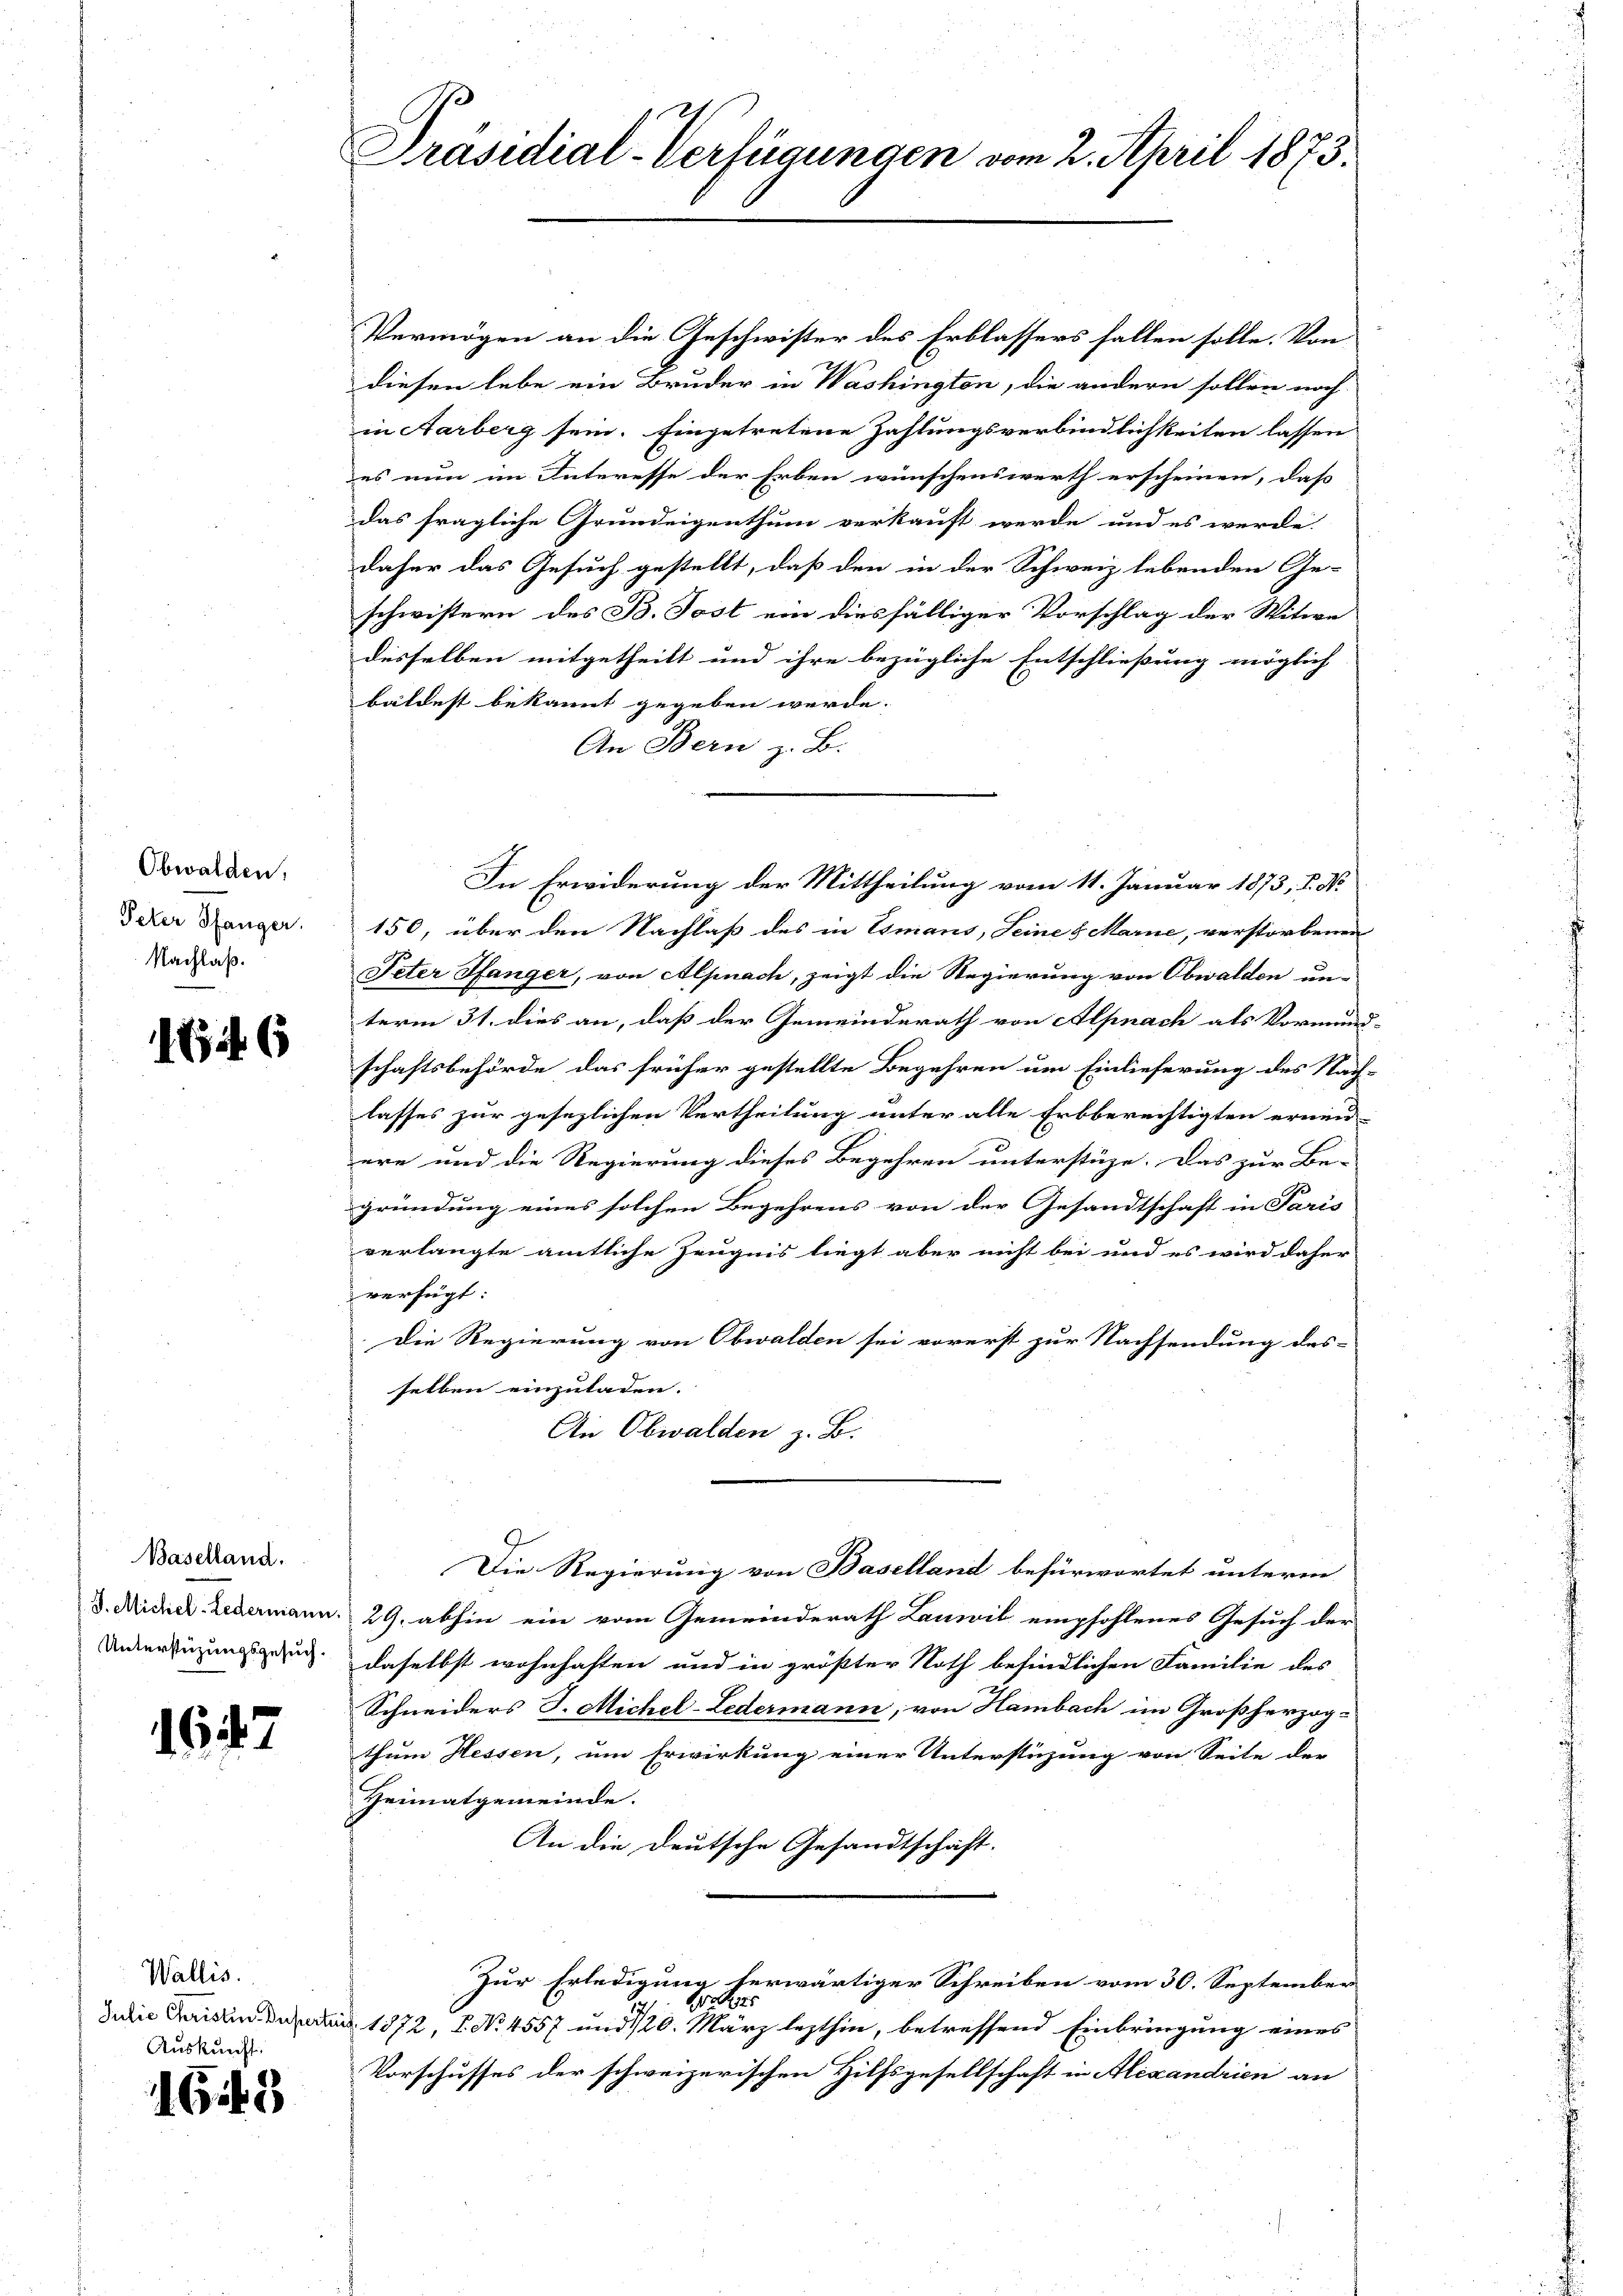
Obwalden:
Peter Pfanger.
Nachlaß.

146

Baselland.
S. Michel-Ledermann
Unterstüzungsgesuch.

1647

Wallis.
Auskunft.

1645

Präsidial-Verfügungen vom 2. April 1873.

Vermögen an die Geschwister des Erblassers fallen solle. Von
diesen lebe ein Bruder in Washington, die andern sollen noch
in Aarberg sein. Eingetretene Zahlungsverbindlichkeiten lassen
es nun im Interesse der Erben wünschenswerth erscheinen, daß
das fragliche Grundeigenthum verkauft werde und es werde.
daher das Gesuch gestellt, daß den in der Schweiz lebenden Ge-
schwistern des B. Post ein diesfälliger Vorschlag der Witwe
desselben mitgetheilt und ihre bezügliche Entschließung möglich |
bäldest bekannt gegeben werde.
An Bern z. B.
150, über den Nachlaß des in Esmans, Seine 8 Marie, verstorbenen
Peter Pfanger, von Alpnach, zeigt die Regierung von Obwalden un-
term 31. dies an, daß der Gemeinderath von Alpnach als Vormund
schaftsbehörde das früher gestellte Begehren um Einlieferung des Nach-
lasses zur gesezlichen Vertheilung unter alle Erbberechtigten ernen-
ere und die Regierung dieses Begehren unterstüze. Das zur Be-
gründung eines solchen Begehrens von der Gesandtschaft in Paris
verlangte amtliche Zeugnis liegt aber nicht bei und es wird daher
verfügt:
Die Regierung von Obwalden sei vorerst zur Nachsendung des-
selben einzuladen.
An Obwalden z. B.
Die Regierung von Baselland befürwortet unterm
29. abhin ein vom Gemeinderath Lanwil empfohlenes Gesuch der
daselbst wohnhaften und in größter Noth befindlichen Familie des
Schneiders J. Michel-Ledermann, von Hambach im Großherzog-
thum Hessen, um Erwirkung einer Unterstüzung von Seite der
Heimatgemeinde.
An die deutsche Gesandtschaft.
Zur Erledigung herwärtiger Schreiben vom 30. September
s
Julie Geistin Defecter 1872, 2. No. 4557 und 120. März lezthin, betreffend Einbringung eines
Vorschusses der schweizerischen Hilfsgesellschaft in Alexandrien an

In Erwiderung der Mittheilung vom 11. Januar 1873, P. Nr.